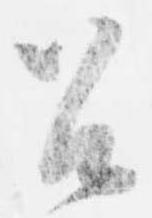
召